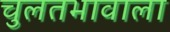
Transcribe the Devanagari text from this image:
चुलतभावाला